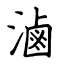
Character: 滷